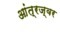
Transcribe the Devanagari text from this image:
आंत्रज्वर